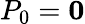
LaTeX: P_{0}=\boldsymbol{0}